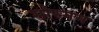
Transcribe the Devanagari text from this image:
सोरगम